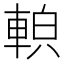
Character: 𨌓